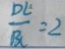
\frac { D E } { B C } = 2